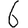
Digit: 6